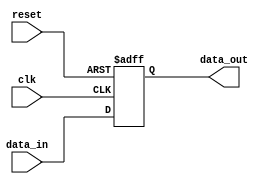
module async_reset_example (
    input wire clk,          // Clock input
    input wire reset,        // Asynchronous reset input
    input wire [7:0] data_in, // Example data input
    output reg [7:0] data_out // Example data output
);
    
    // Initial state definition (optional)
    initial begin
        data_out = 8'b0; // Reset value
    end

    // Always block for asynchronous reset and clock behavior
    always @(posedge clk or posedge reset) begin
        if (reset) begin
            // When reset is active, set output to predefined state
            data_out <= 8'b0; // Reset state
        end else begin
            // Normal operation on clock edge
            data_out <= data_in; // Example operation: pass data_in to data_out
        end
    end
    
endmodule